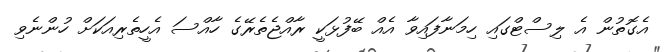
އެގޮތުން އެ ލިސްޓްގައި ހިމަނާފައިވާ އެއް ބޭފުޅަކީ ރާއްޖެތެރޭގެ ހާއްސަ އެހީތެރިއަކަށް ހުންނެވި